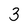
Character: 3